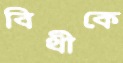
বিথীকে